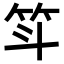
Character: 𫁵